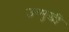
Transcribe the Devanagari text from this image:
उन्‍मुखी